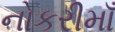
નોકરીમાઁ